Malaria in the Punjab - Number 46
Disease focus: Malaria
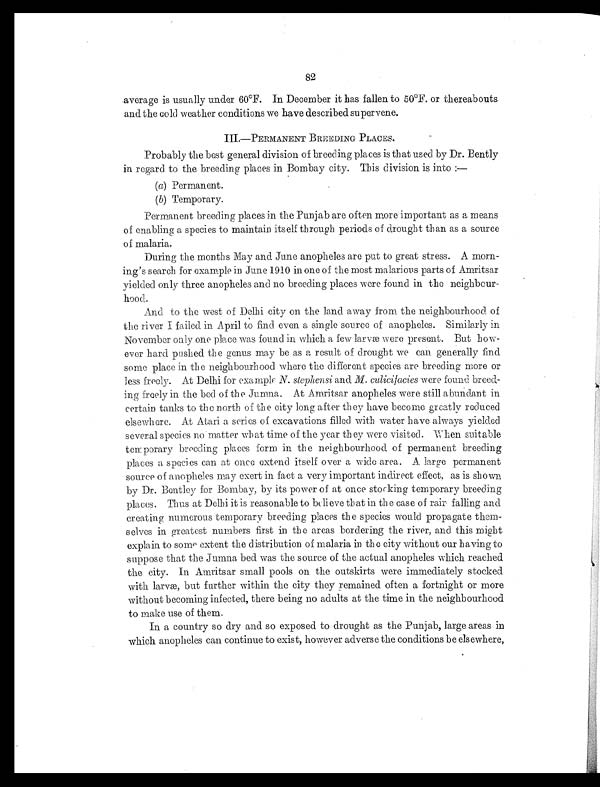
82
average is usually under 60°F. In December it has fallen to 50°F. or thereabouts
and the cold weather conditions we have described supervene.
I.—PERMANENT BREEDING PLACES.
Probably the best general division of breeding places is that used by Dr. Bently
in regard to the breeding places in Bombay city. This division is into:
—
(a) Permanent.
(b) Temporary.
Permanent breeding places in the Punjab are often more important as a means
of enabling a species to maintain itself through periods of drought than as a source
of malaria.
During the months May and June anopheles are put to great stress. A morn-
ing's search for example in June 1910 in one of the most malari ous parts of Amritsar
yielded only three anopheles and no breeding places were found in the neighbour-
hood,.
And to the west of Delhi city on the land away from the neighbourhood of
the river I failed in April to find even a single source of anopheles. Similarly in
November only one place was found in which a few larvæ were present. But how-
ever hard pushed the genus may be as a result of drought we can generally find
some place in the neighbourhood where the different species are breeding more or
less freely. At Delhi for example N. stephensi and, M. culicifacies were found breed-
ing freely in the bed of the Jumna. At Amritsar anopheles were still a bundant in
certain tanks to the n orth of the city long after they have become greatly reduced
elsewhere. At Atari a series of excavations filled with water have always yielded
several species no . matter what time of the year th ey were visited. When suitable
temporary breeding places form in the neighbourhood of permanent breeding
places a species can at once extend itself over a wide area. A large permanent
source of anopheles may exert in fact a very important indirect effect, as is shown
by Dr. Bentley for Bombay, by its power of at once stocking temporary breeding
places. Thus at Delhi it is reasonable to believe that in the case of rair falling and
creating numerous temporary breeding places th e species would propagate them-
selves in greatest numbers first in the areas bordering the river, and this might
explain to some extent the distribution of malaria in the city without our having to
suppose that the Jumna bed was the source of the actual anopheles which reached
the city. In Amritsar small pools on the outskirts were immediately stocked
with larvæ, but further within the city they remained often a fortnight or more
without becoming infected, there being no adults at the time in the neighbourhood
to make use of them.
In a country so dry and so exposed to drought as the Punjab, large areas in
which anopheles can continue to exist, however adverse the conditions be elsewhere,